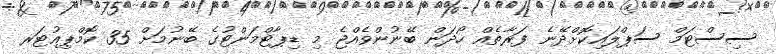
ސިސްޓަމް ސަޕްލައިކޮށްދޭނެ ފަރާތެއް ހޯދަން ބޭނުންވެއްޖެ މި ޑިޕާޓްމަންޓުގެ ބޭނުމަށް 35 ކޮމްޕިއުޓަރ